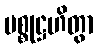
ပစ္စုဋ္ဌဟိတွာ